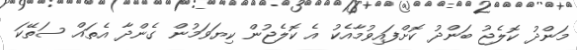
މަންދު ކޮލެޖު ބަންދު ކޮށްފައިވުމާއެކު އެ ކޮލެޖުން ކިޔަވަމުން ގެންދާ އެތައް ސަތޭކަ